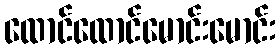
ထောင်ထောင်မောင်းမောင်း